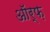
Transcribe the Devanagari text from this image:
ऑर्फ़